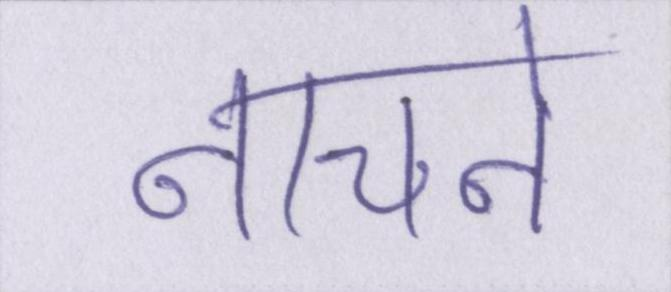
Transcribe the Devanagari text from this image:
नाचने